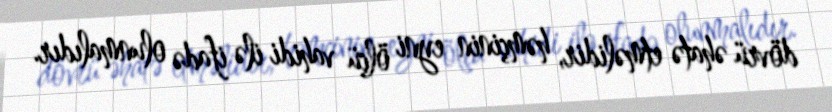
dövrü əhatə etməlidir, həmçinin eyni ölçü vahidi ilə ifadə olunmalıdır.